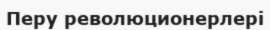
Перу революционерлері